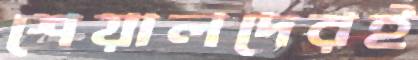
শেয়ালদেরই